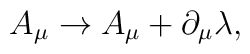
A_{\mu}\rightarrow A_{\mu}+\partial_{\mu}\lambda ,